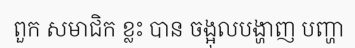
ពួក សមាជិក ខ្លះ បាន ចង្អុលបង្ហាញ បញ្ហា